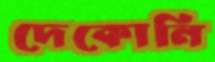
দেকোনি